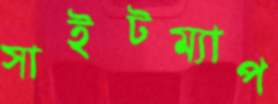
সাইটম্যাপ